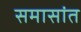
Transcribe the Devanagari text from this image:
समासांत